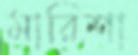
মারিশা